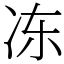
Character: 冻